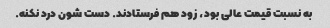
به نسبت قیمت عالی بود، زود هم فرستادند. دست شون درد نکنه.